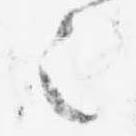
之